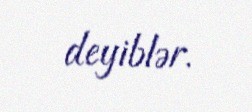
deyiblər.